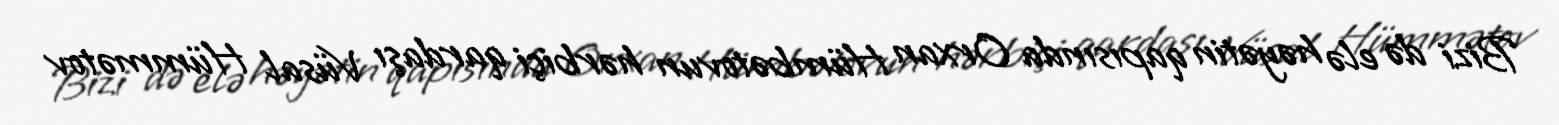
Bizi də elə həyətin qapısında Orxan Hümbətovun hərbiçi qardaşı Vüsal Hümmətov